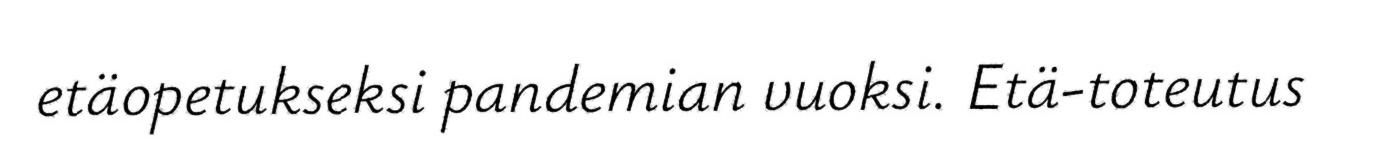
etäopetukseksi pandemian vuoksi. Etä-toteutus